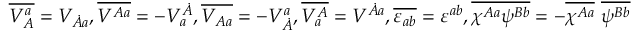
\overline { { { V _ { A } ^ { a } } } } = V _ { \dot { A } a } , \overline { { { V ^ { A a } } } } = - V _ { a } ^ { \dot { A } } , \overline { { { V _ { A a } } } } = - V _ { \dot { A } } ^ { a } , \overline { { { V _ { a } ^ { A } } } } = V ^ { \dot { A } a } , \overline { { { \varepsilon _ { a b } } } } = \varepsilon ^ { a b } , \overline { { { \chi ^ { A a } \psi ^ { B b } } } } = - \overline { { { \chi ^ { A a } } } } \ \overline { { { \psi ^ { B b } } } }